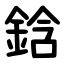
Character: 鋡